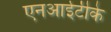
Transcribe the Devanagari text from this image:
एनआईटीके